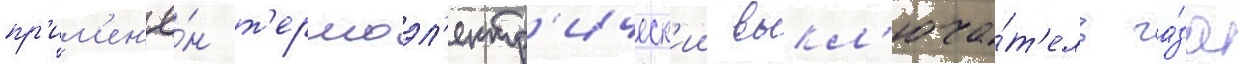
пр'им'ен'ё́н т'ермоэл'ектр'ическ'ии выкл'юча́т'ель га́за